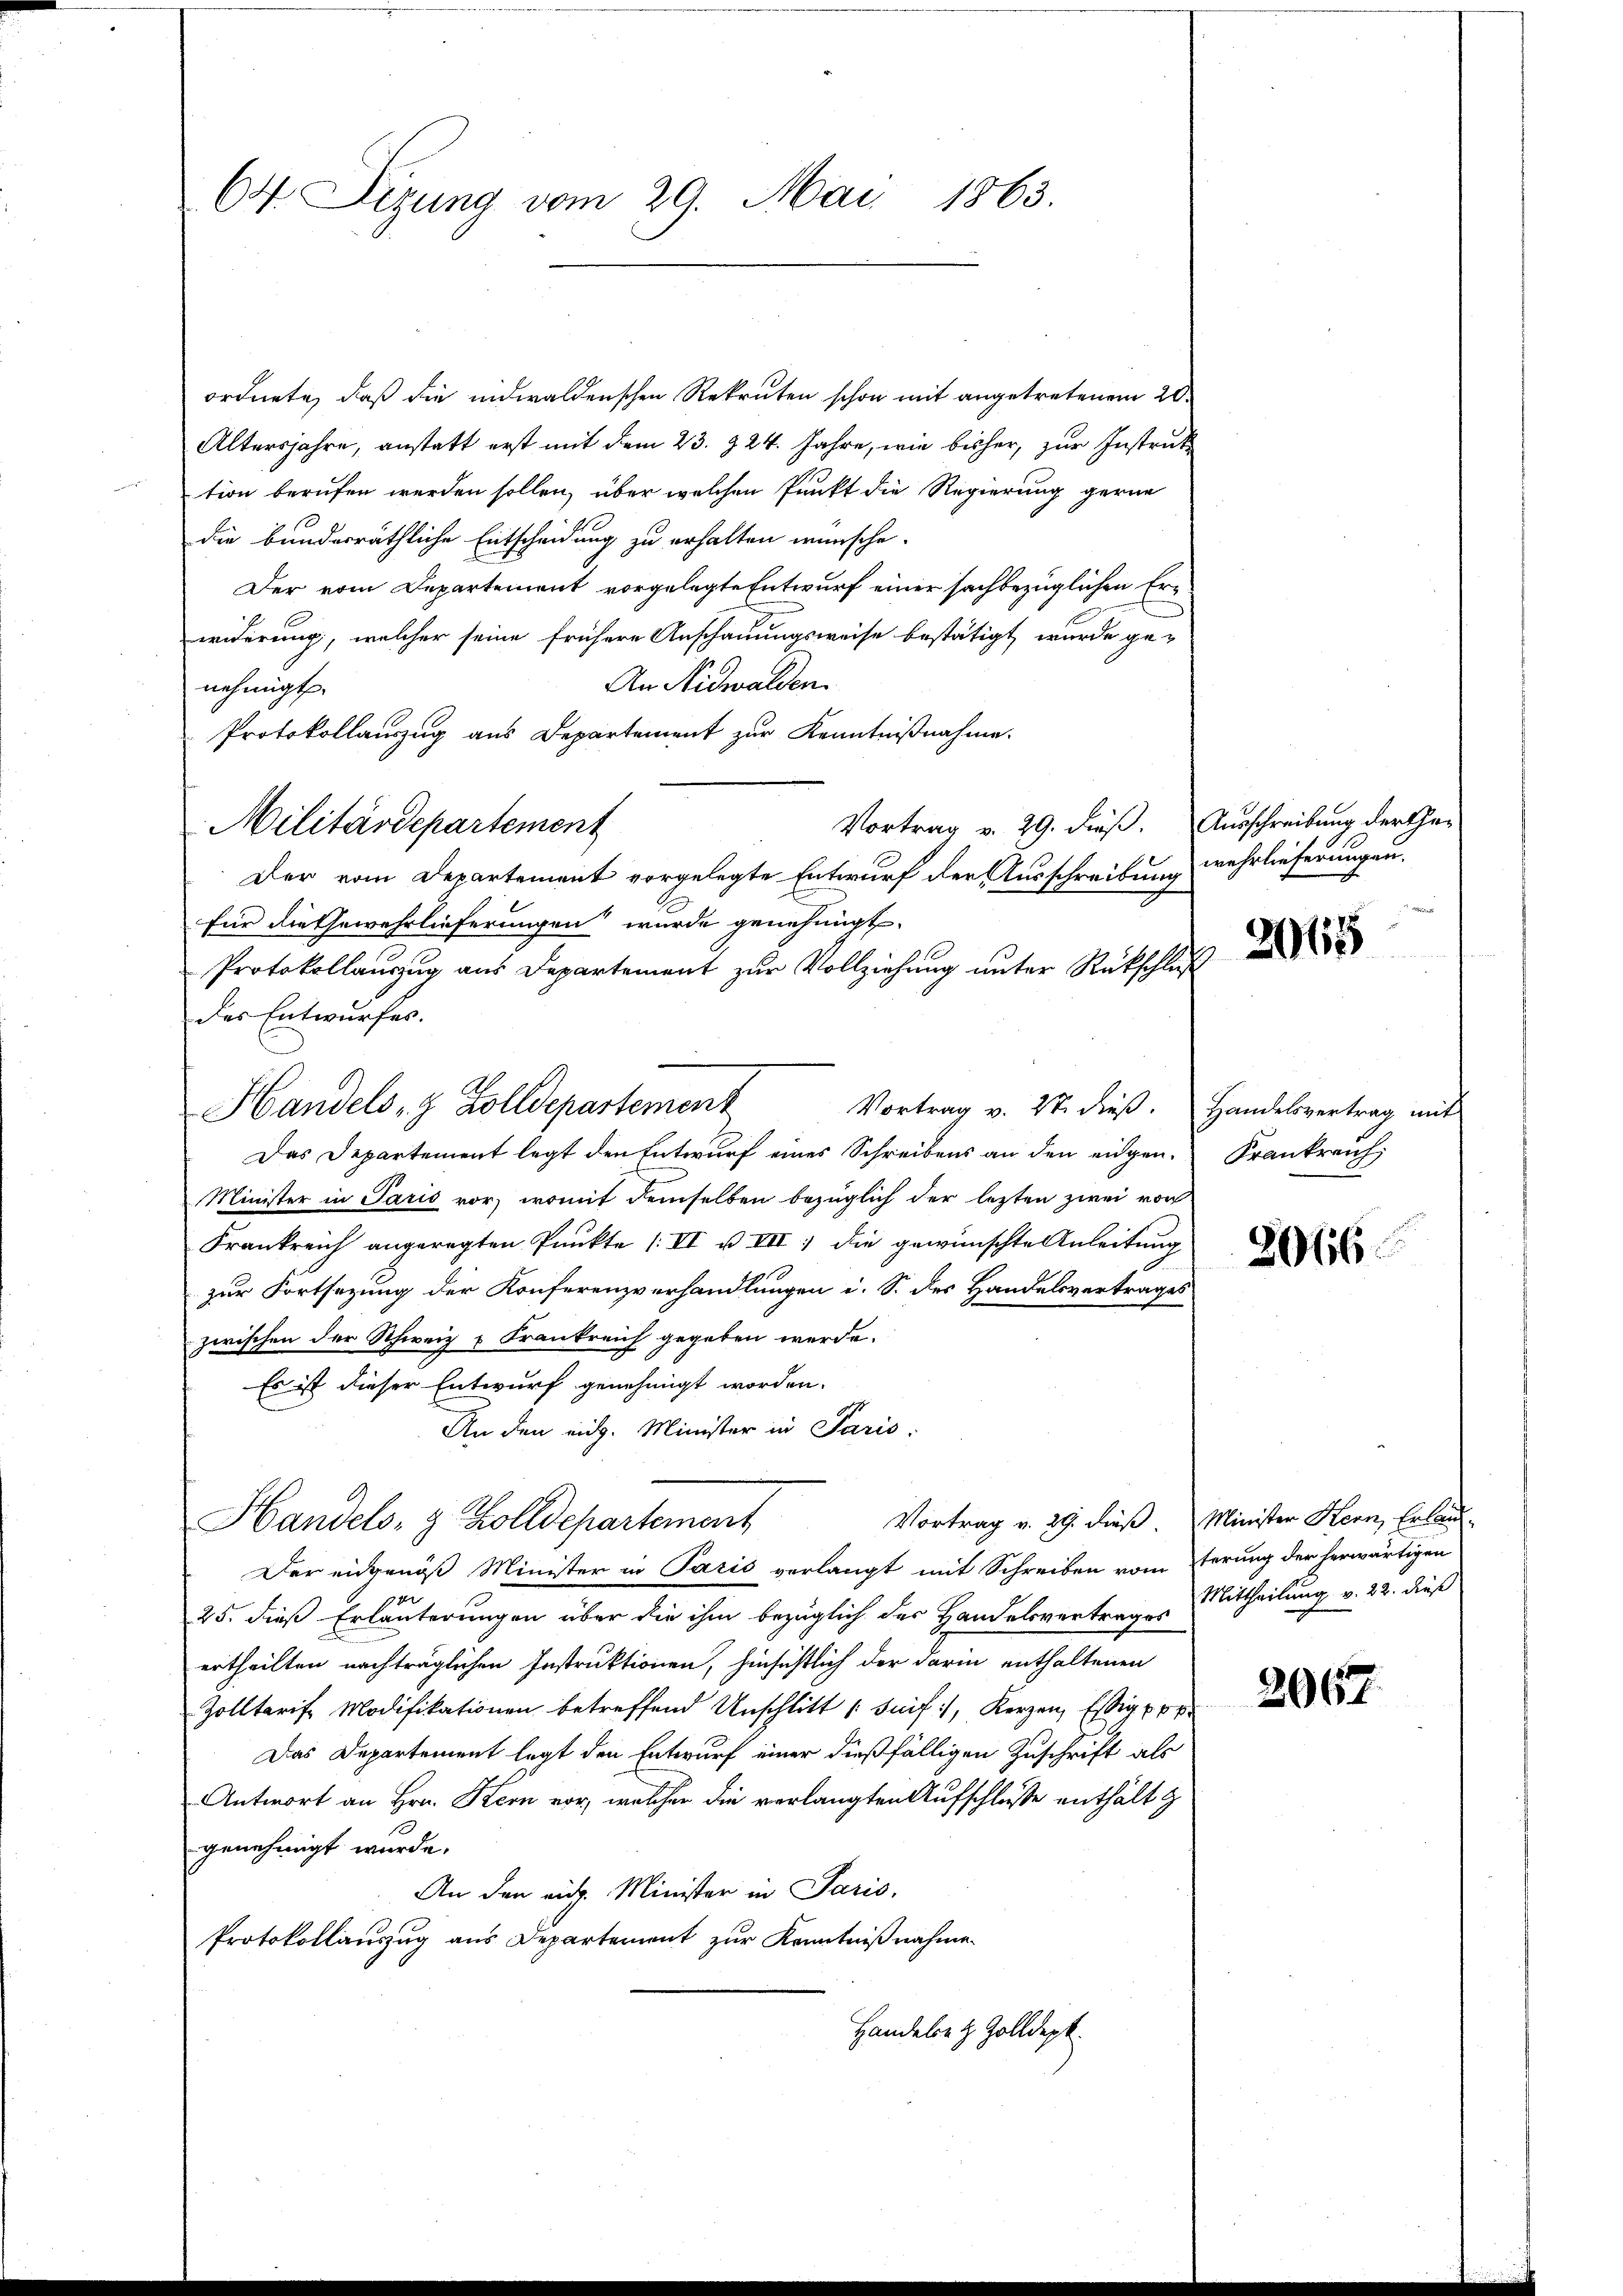
64. Sizung vom 29. Mai 1863.

ordnete, daß die eidwaldenschen Rekruten schon mit angetretenem 20.
Altersjahre, anstatt erst mit dem 23. 224. Jahre, wie bisher, zur Instruk
tion berufen werden sollen, über welchen Punkt die Regierung gerne
die bunderräthliche Entscheidung zu erhalten wünsche.
Der vom Departement vorgelegte Entwurf einer sachbezüglichen Erwiderung, welcher seine frühere Anschauungsweise bestätigt, wurde ge-
An Nidwalden.
nehmigt.
Protokollauszug aus Departement zur Kenntnißnahme.
Vortrag v. 29. dieß. Ausschreibung der Ge¬
Militärdepartement
Der vom Departement vorgelegte Entwurf der Ausschreibung wehrlieferungen.
für die Gewehrlieferungen wurde genehmigt.
Protokollauszug aus Departement zur Vollziehung unter Rückschluß
des Entwurfes.
Handels- & Zolldepartement
Vortrag v. 27. dieß. Handelsvertrag mit
Das Departement legt den Entwurf eines Schreibens an den eidgen.
Minister in Paris vor, womit demselben bezüglich der lezten zwei von
Frankreich angeregten Punkte (VI u VII) die gewünschte Anleitung
zur Fortsetzung der Konferenzverhandlungen i. S. des Handelsvertrages
zwischen der Schweiz & Frankreich gegeben werde.
Es ist dieser Entwurf genehmigt worden.
An den eidg. Minister in Paris.
Vortrag v. 29. dieß Minister Hern Erlau¬
Handels- & Zolldepartement
Der eidgenöß Minister in Paris verlangt mit Schreiben vom herung der herwärtigen
25. dies Erläuterungen über die ihm bezüglich des Handelsvertrages Mittheilung v. 22. dieß
ertheilten nachträglichen Instruktionen, hinsichtlich der darin enthaltenen
Zolltarife Modifikationen betreffend Unschlitt (Suif:/, Kerzen, Essig pr.
Das Departement legt den Entwurf einer dießfälligen Zuschrift als
Antwort an Hrn. Kern vor, welcher die verlangten Aufschluße enthält z
genehmigt wurde.
An den eidg. Minister in Paris,
Protokollauszug aus Departement zur Kenntnißnahme
Handele z. Zolldept.

2061

Krankreich

2066.

2067.